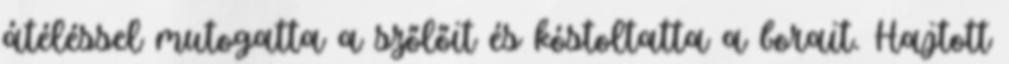
átéléssel mutogatta a szőlőit és kóstoltatta a borait. Hajtott